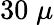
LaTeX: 30\; \mu